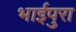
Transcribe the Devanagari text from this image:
भाईपुरा